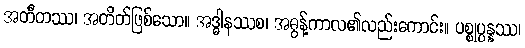
အတီတဿ၊ အတိတ်ဖြစ်သော။ အဒ္ဓါနဿစ၊ အဓွန့်ကာလ၏လည်းကောင်း။ ပစ္စုပ္ပန္နဿ၊